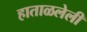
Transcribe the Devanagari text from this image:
हाताळलेली